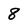
Character: 8